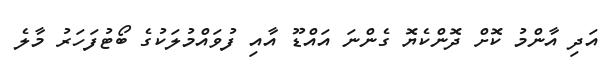
އަދި އާންމު ކޮށް ދޮންކެޔޮ ގެންނަ އައްޑޫ އާއި ފުވައްމުލަކުގެ ބޯޓުފަހަރު މާލެ